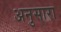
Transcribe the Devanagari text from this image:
अनुसारा